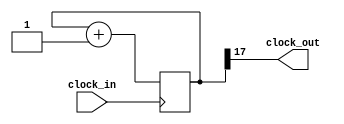
`timescale 1ns / 1ps
//////////////////////////////////////////////////////////////////////////////////
// Company: 
// Engineer: 
// 
// Design Name: 
// Module Name: frequency_divider
// Project Name: 
// Target Devices: 
// Tool Versions: 
// Description: 
// 
// Dependencies: 
// 
// Revision:
// Revision 0.01 - File Created
// Additional Comments:
// 
//////////////////////////////////////////////////////////////////////////////////


module f_div(
    input clock_in,
    output clock_out
    );
    
    parameter width = 18;
    reg [width-1:0] count;
    always @(posedge clock_in)
    begin
    	count = count + 1;
    end
    
    assign clock_out = count[width - 1];
endmodule